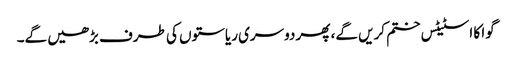
گوا کا اسٹیٹس ختم کریں گے، پھر دوسری ریاستوں کی طرف بڑھیں گے۔